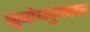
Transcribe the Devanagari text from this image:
सुबोधकुमार